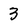
Character: 3